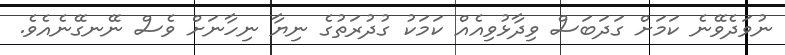
ނުވަދެވޭނެ ކަމަށް ގަދަބަސް ވިދާޅުވިއެއް ކަމަކު ގުދުރަތުގެ ނިޔާ ނިހާނަށް ވެސް ނޭނގޭނެއެވެ.